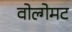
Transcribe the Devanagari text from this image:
वोल्गेमट